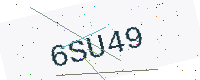
Text: 6SU49